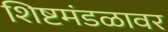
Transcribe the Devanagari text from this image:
शिष्टमंडळावर